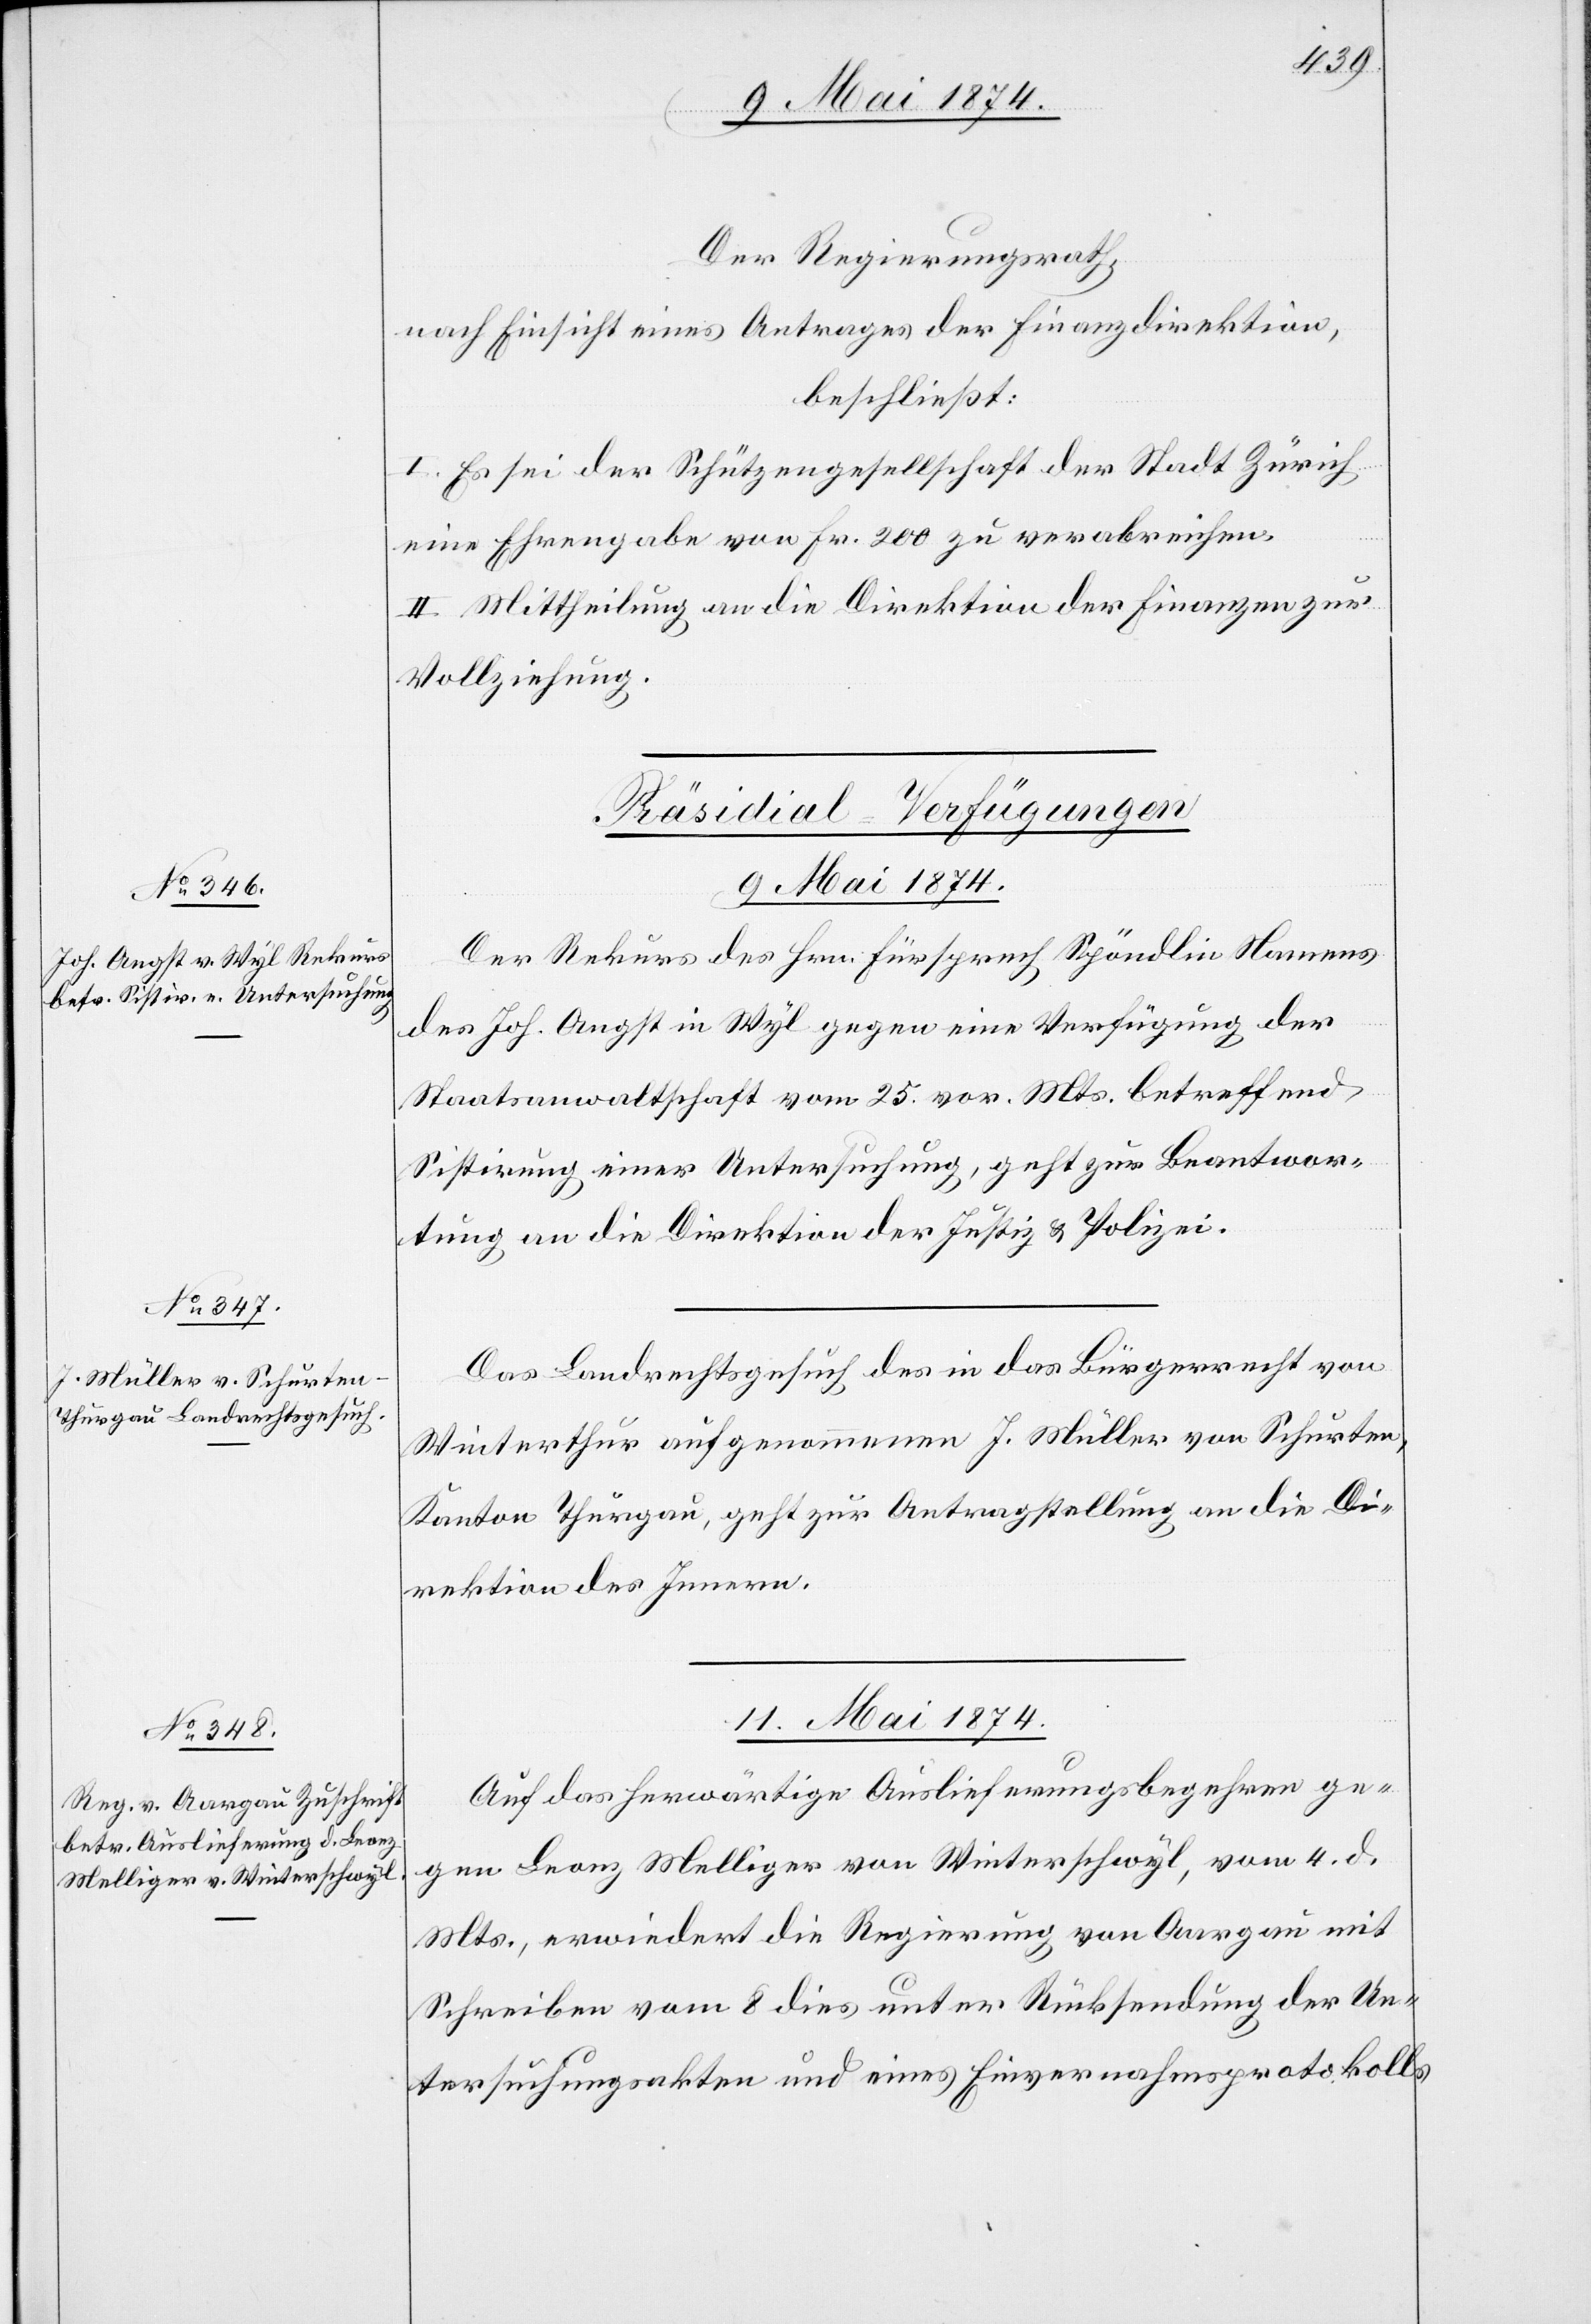
Der Regierungsrath,
nach Einsicht eines Antrages der Finanzdirektion,
beschließt:
I. Es sei der Schützengesellschaft der Stadt Zürich
eine Ehrengabe von Fr. 200 zu verabreichen.
II. Mittheilung an die Direktion der Finanzen zur
Vollziehung.
[Präsidial-Verfügungen]
9. Mai 1874.]
Der Rekurs des Hrn. Fürsprech Spöndlin Namens
des Joh. Angst in Wyl gegen eine Verfügung der
Staatsanwaltschaft vom 25. vor. Mts. betreffend
Sistirung einer Untersuchung, geht zur Beantwor¬
tung an die Direktion der Justiz u. Polizei.
Das Landrechtsgesuch des in das Bürgerrecht von
Winterthur aufgenommenen J. Müller von Schurten,
Kanton Thurgau, geht zur Antragstellung an die Di¬
rektion des Innern.
11. Mai 1874.
Auf das herwärtige Auslieferungsbegehren ge¬
gen Leonz Melliger von Winterschwyl, vom 4. d.
Mts., erwiedert die Regierung von Aargau mit
Schreiben vom 8. dies unter Rücksendung der Un¬
tersuchungsakten und eines Einvernahmsprotokolls